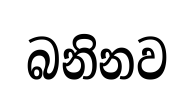
බනිනව